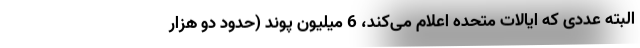
البته عددی که ایالات متحده اعلام می‌کند، 6 میلیون پوند (حدود دو هزار